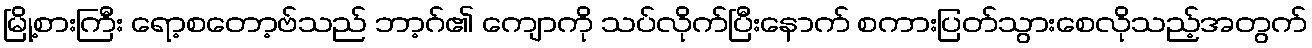
မြို့စားကြီး ရော့စတော့ဗ်သည် ဘာ့ဂ်၏ ကျောကို သပ်လိုက်ပြီးနောက် စကားပြတ်သွားစေလိုသည့်အတွက်